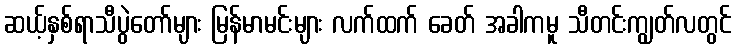
ဆယ့်နှစ်ရာသီပွဲတော်များ မြန်မာမင်းများ လက်ထက် ခေတ် အခါကမူ သီတင်းကျွတ်လတွင်